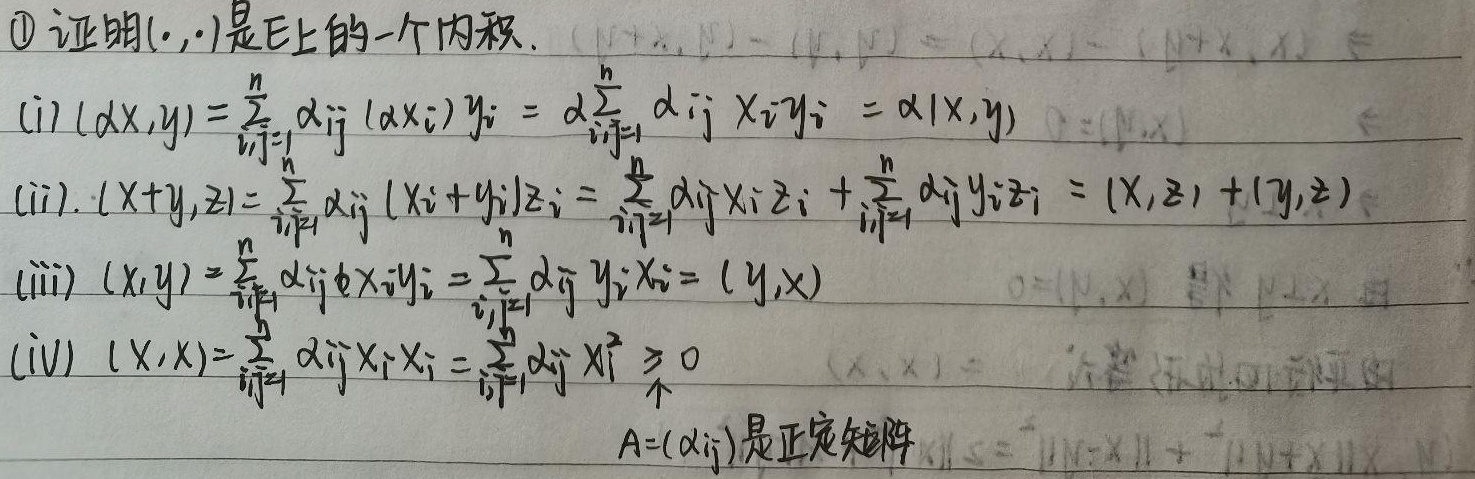
\textcircled{1} 证明 $(\cdot,\cdot)$ 是 $\mathbb{E}$ 上的一个内积。
(i) \((\alpha\mathbf{x},\mathbf{y})=\sum_{i,j = 1}^{n}\alpha_{ij}(\alpha x_{i})y_{j}=\alpha\sum_{i,j = 1}^{n}\alpha_{ij}x_{i}y_{j}=\alpha(\mathbf{x},\mathbf{y})\)
(ii) \((\mathbf{x}+\mathbf{y},\mathbf{z})=\sum_{i,j = 1}^{n}\alpha_{ij}(x_{i}+y_{i})z_{j}=\sum_{i,j = 1}^{n}\alpha_{ij}x_{i}z_{j}+\sum_{i,j = 1}^{n}\alpha_{ij}y_{i}z_{j}=(\mathbf{x},\mathbf{z})+(\mathbf{y},\mathbf{z})\)
(iii) \((\mathbf{x},\mathbf{y})=\sum_{i,j = 1}^{n}\alpha_{ij}x_{i}y_{j}=\sum_{i,j = 1}^{n}\overline{\alpha_{ji}}y_{j}x_{i}=(\mathbf{y},\mathbf{x})\)
(iv) \((\mathbf{x},\mathbf{x})=\sum_{i,j = 1}^{n}\alpha_{ij}x_{i}x_{j}=\sum_{i,j = 1}^{n}\alpha_{ij}x_{i}^{2}\geq0\)
\(A = (\alpha_{ij})\) 是正定矩阵